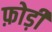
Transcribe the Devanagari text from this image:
फ़ोड़ी